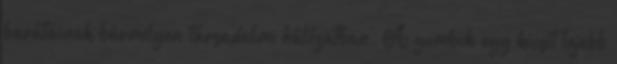
barátainak bármilyen társadalmi hálózatban. A gombok egy kicsit lejebb